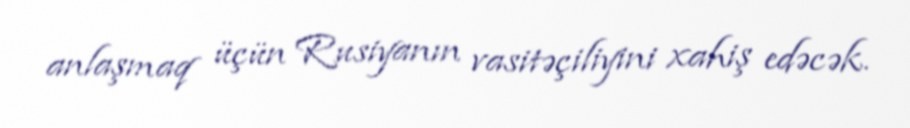
anlaşmaq üçün Rusiyanın vasitəçiliyini xahiş edəcək.